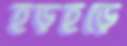
হড়হড়ে